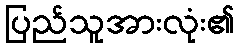
ပြည်သူအားလုံး၏